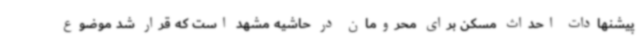
پیشنهادات احداث مسکن برای محرومان در حاشیه مشهد است که قرار شد موضوع